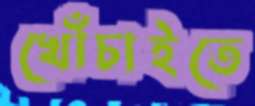
খোঁচাইতে